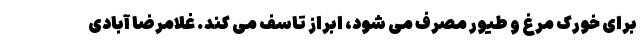
برای خورک مرغ و طیور مصرف می شود، ابراز تاسف می کند. غلامرضا آبادی